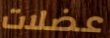
عضلات